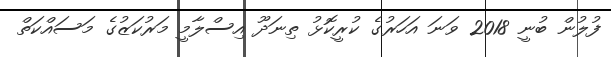
ފުލުން ބުނީ 2018 ވަނަ އަހަރުގެ ކުރީކޮޅު ތިނަދޫ އިސްލާމީ މަރުކަޒުގެ މަސައްކަތް